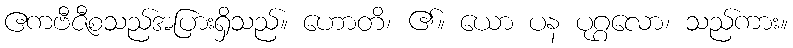
ဧကဗီဇီစသည်အပြားရှိသည်။ ဟောတိ၊ ၏။ ယော ပန ပုဂ္ဂလော၊ သည်ကား။